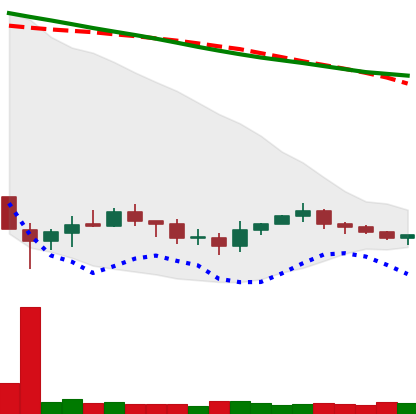
Ticker: XRP-USD
Chart end date: 2019-12-13
Forward return: -11.134%
Label: down_7plus